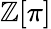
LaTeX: \mathbb{Z}[\pi]